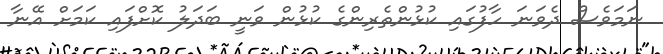
ނަމަވެސް ދެވަނަ ހާފުގައި ކުޅުންތެރިންގެ ކުޅުން ވަނީ ބަދަލު ކޮށްފައި ކަމަށް އޭނާ